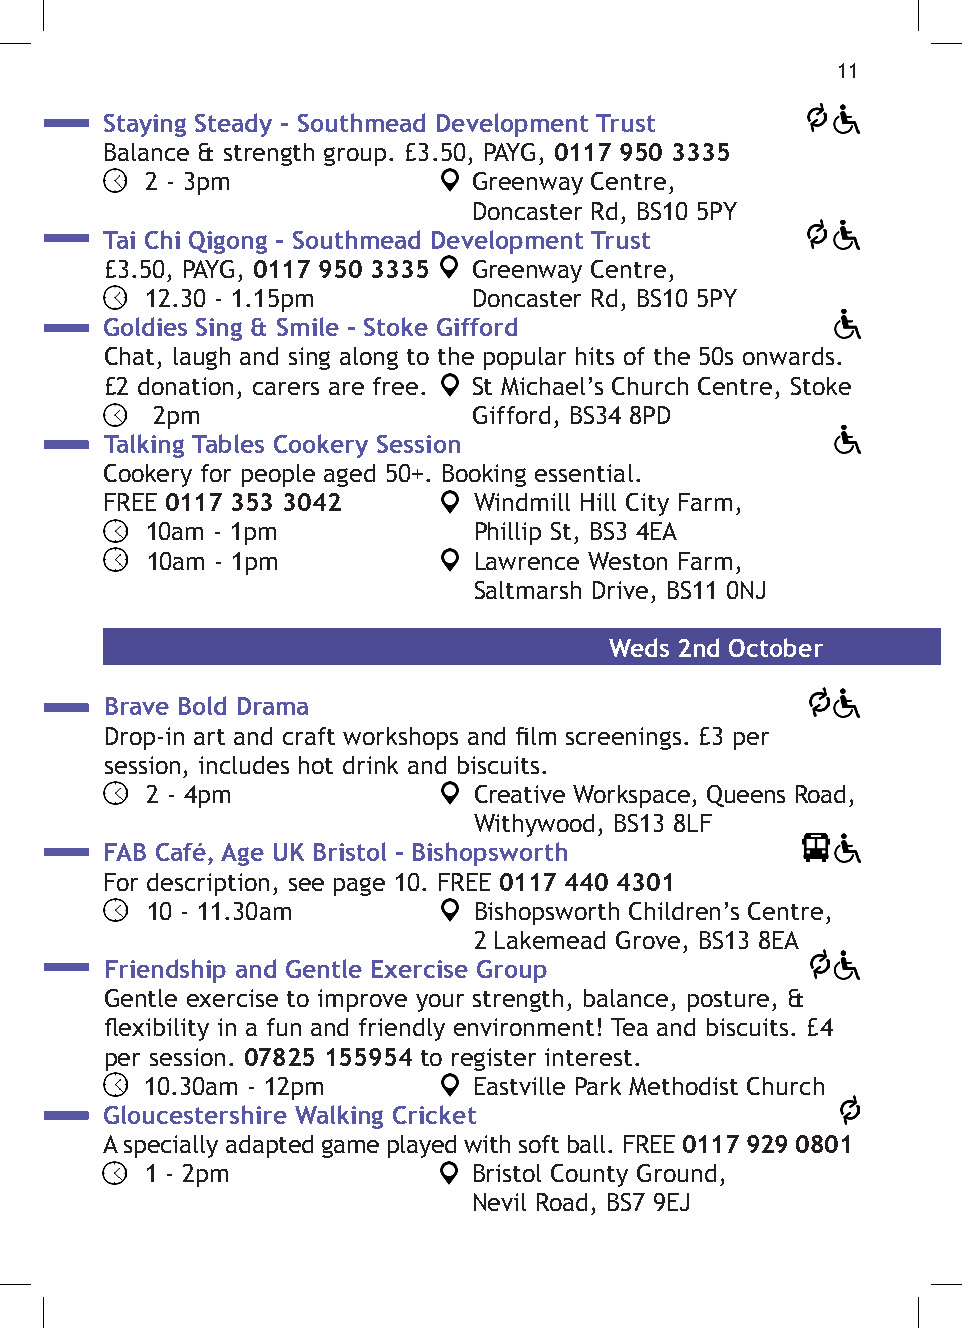
11
 Staying Steady - Southmead Development Trust
 Balance & strength group. £3.50, PAYG, 0117 950 3335
 2 - 3pm              Greenway Centre,
 Doncaster Rd, BS10 5PY
 Tai Chi Qigong - Southmead Development Trust
 £3.50, PAYG, 0117 950 3335 Greenway Centre,
 12.30 - 1.15pm       Doncaster Rd, BS10 5PY
 Goldies Sing & Smile - Stoke Gifford
 Chat, laugh and sing along to the popular hits of the 50s onwards.
 £2 donation, carers are free. St Michael’s Church Centre, Stoke
 2pm                  Gifford, BS34 8PD
 Talking Tables Cookery Session
 Cookery for people aged 50+. Booking essential.
 FREE 0117 353 3042      Windmill Hill City Farm,
 10am - 1pm           Phillip St, BS3 4EA
 10am - 1pm           Lawrence Weston Farm,
 Saltmarsh Drive, BS11 0NJ
 Weds 2nd October
 Brave Bold Drama
 Drop-in art and craft workshops and film screenings. £3 per
 session, includes hot drink and biscuits.
 2 - 4pm              Creative Workspace, Queens Road,
 Withywood, BS13 8LF
 FAB Café, Age UK Bristol - Bishopsworth
 For description, see page 10. FREE 0117 440 4301
 10 - 11.30am         Bishopsworth Children’s Centre,
 2 Lakemead Grove, BS13 8EA
 Friendship and Gentle Exercise Group
 Gentle exercise to improve your strength, balance, posture, &
 flexibility in a fun and friendly environment! Tea and biscuits. £4
 per session. 07825 155954 to register interest.
 10.30am - 12pm       Eastville Park Methodist Church
 Gloucestershire Walking Cricket
 A specially adapted game played with soft ball. FREE 0117 929 0801
 1 - 2pm              Bristol County Ground,
 Nevil Road, BS7 9EJ